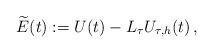
LaTeX: \begin{align*}\widetilde E(t) := U(t) - L_\tau U_{\tau,h} (t)\,,\end{align*}